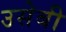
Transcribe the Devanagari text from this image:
उसेबी